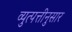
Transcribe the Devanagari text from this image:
व्युत्पत्तीनुसार